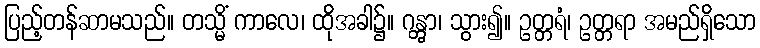
ပြည့်တန်ဆာမသည်။ တသ္မိံ ကာလေ၊ ထိုအခါ၌။ ဂန္တွာ၊ သွား၍။ ဥတ္တရံ၊ ဥတ္တရာ အမည်ရှိသော